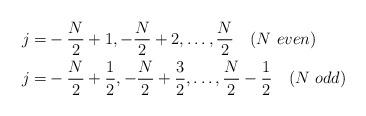
LaTeX: \begin{align*} \begin{aligned} j = & -\frac{N}{2}+1,-\frac{N}{2}+2,\dots , \frac{N}{2} \ \ \ (N \ even) \\ j = & -\frac{N}{2}+\frac{1}{2},-\frac{N}{2}+\frac{3}{2}, \dots , \frac{N}{2}-\frac{1}{2} \ \ \ (N \ odd)\end{aligned}\end{align*}